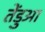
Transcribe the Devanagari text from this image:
तेंडुआ